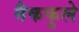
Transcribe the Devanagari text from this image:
मैककुले